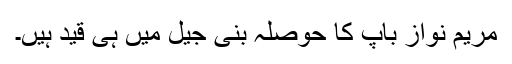
مریم نواز باپ کا حوصلہ بنی جیل میں ہی قید ہیں۔